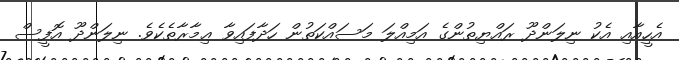
އެހީއާއި އެކު ނިލަންދޫ ރައްޔިތުންގެ އަމިއްލަ މަސައްކަތުން ހަދާފައިވާ ޢިމާރާތެކެވެ. ނިލަންދޫ އޮފީސް